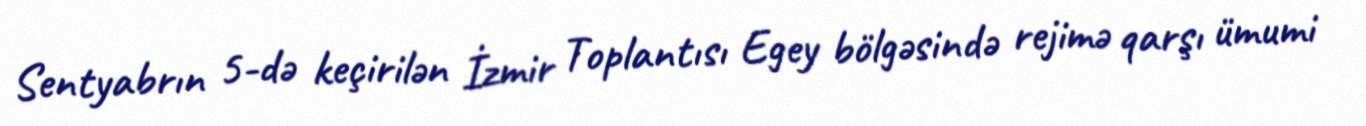
Sentyabrın 5-də keçirilən İzmir Toplantısı Egey bölgəsində rejimə qarşı ümumi